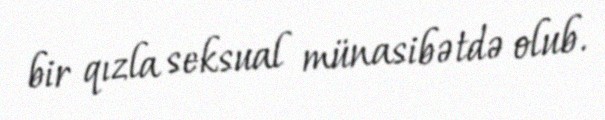
bir qızla seksual münasibətdə olub.